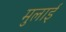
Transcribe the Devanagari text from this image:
मुलाई